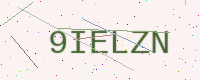
Text: 9IELZN